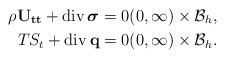
LaTeX: \begin{align*}\rho \mathbf{U_{tt}} + \operatorname{div} \boldsymbol{\sigma} &= 0 (0, \infty) \times \mathcal{B}_{h}, \\T S_{t} + \operatorname{div} \mathbf{q} &= 0 (0, \infty) \times \mathcal{B}_{h}.\end{align*}